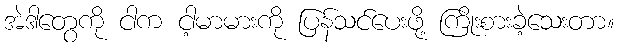
အဲဒါတွေကို ငါက ငါ့မာမားကို ပြန်သင်ပေးဖို့ ကြိုးစားခဲ့သေးတာ။